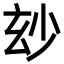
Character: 玅